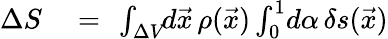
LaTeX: \begin{array}{rlr}{\Delta S}&{{}=}&{\! \! \int_{\Delta V}\! \! d\vec{x}\, \rho(\vec{x})\int_{0}^{1}\! d\alpha\, \delta s(\vec{x})}\end{array}